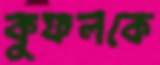
কুফলকে